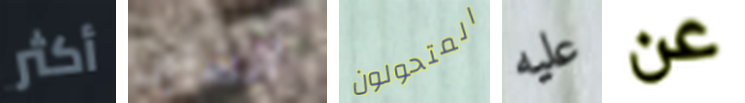
أكثر الشارب المتحولون عليه عن